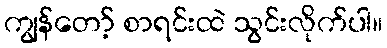
ကျွန်တော့် စာရင်းထဲ သွင်းလိုက်ပါ။